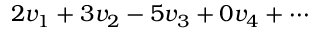
2 v _ { 1 } + 3 v _ { 2 } - 5 v _ { 3 } + 0 v _ { 4 } + \cdots